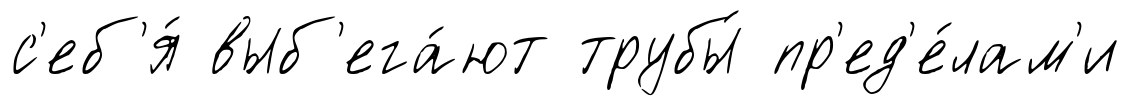
с'еб'я́ выб'ега́ют трубы́ пр'ед'е́лам'и